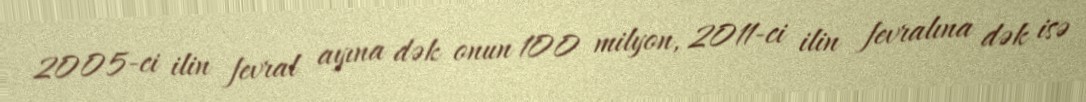
2005-ci ilin fevral ayına dək onun 100 milyon, 2011-ci ilin fevralına dək isə